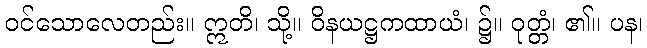
ဝင်သောလေတည်း။ ဣတိ၊ သို့။ ဝိနယဋ္ဌကထာယံ၊ ၌။ ဝုတ္တံ၊ ၏။ ပန၊